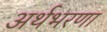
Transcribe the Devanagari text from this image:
अर्थभरणा